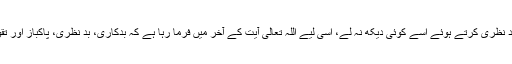
ہر بد نظر انسان کی یہ کوشش ہوتی ہے کہ بد نظری کرتے ہوئے اسے کوئی دیکھ نہ لے، اسی لیے اللہ تعالیٰ آیت کے آخر میں فرما رہا ہے کہ بدکاری، بد نظری، پاکباز اور تقویٰ، انسان کا ہر عمل اللہ تعالیٰ دیکھ رہا ہے۔